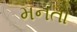
મનતો